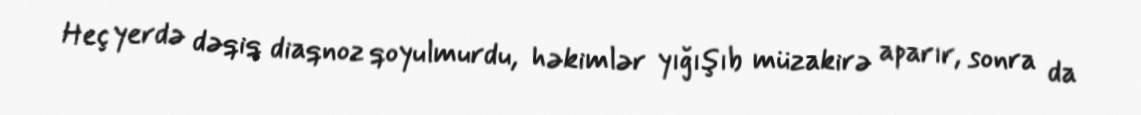
Heç yerdə dəqiq diaqnoz qoyulmurdu, həkimlər yığışıb müzakirə aparır, sonra da